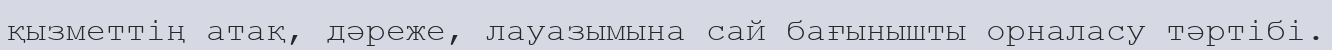
қызметтің атақ, дәреже, лауазымына сай бағынышты орналасу тәртібі.